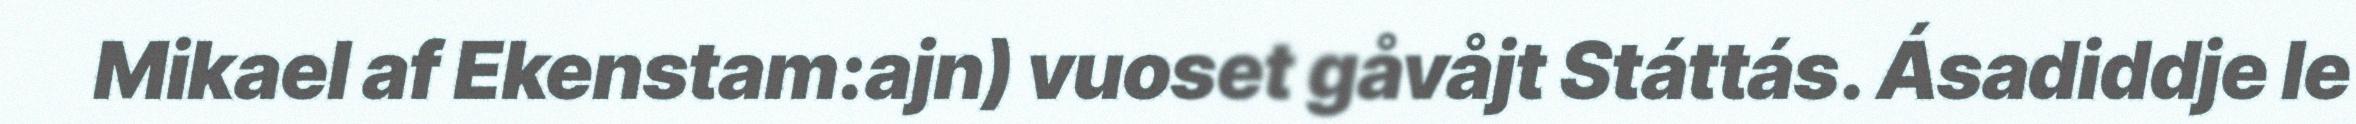
Mikael af Ekenstam:ajn) vuoset gåvåjt Státtás. Ásadiddje le